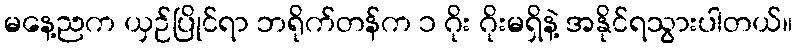
မနေ့ညက ယှဉ်ပြိုင်ရာ ဘရိုက်တန်က ၁ ဂိုး ဂိုးမရှိနဲ့ အနိုင်ရသွားပါတယ်။